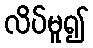
လိပ်မူ၍